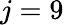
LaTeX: j=9